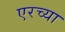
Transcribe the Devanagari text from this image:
एरच्या